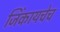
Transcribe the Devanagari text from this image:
जिंकायचेच